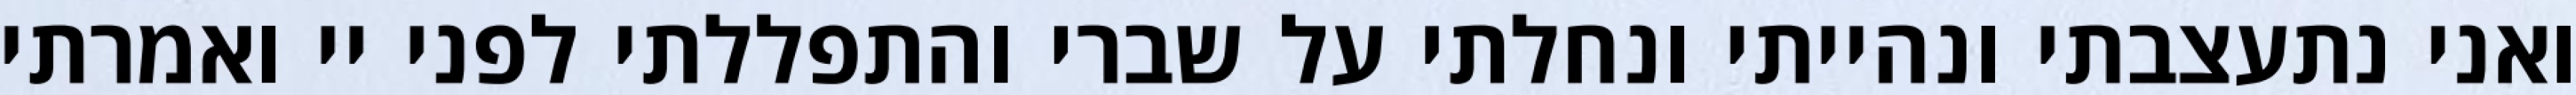
ואני נתעצבתי ונהייתי ונחלתי על שברי והתפללתי לפני יי ואמרתי